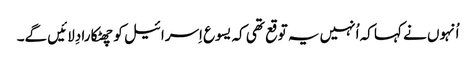
‏ اُنہوں نے کہا کہ اُنہیں یہ توقع تھی کہ یسوع اِسرائیل کو چھٹکارا دِلائیں گے۔